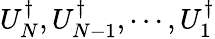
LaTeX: U_{N}^{\dagger},U_{N-1}^{\dagger},\cdots,U_{1}^{\dagger}